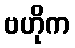
ဗဟိုက